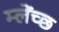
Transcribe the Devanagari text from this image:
म्लेंच्छ